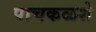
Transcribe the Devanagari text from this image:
पाचकळशे